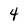
Character: 4